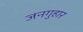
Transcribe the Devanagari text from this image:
जनगुहार